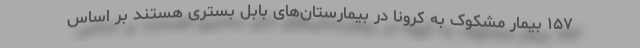
۱۵۷ بیمار مشکوک به کرونا در بیمارستان‌های بابل بستری هستند بر اساس